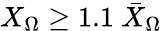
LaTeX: X_{\Omega}\geq 1.1~\bar{X}_{\Omega}